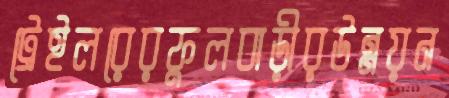
ট্রেইলরেরফুলবাড়ীরউন্নয়ন